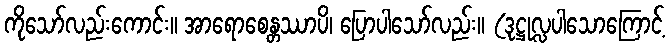
ကိုသော်လည်းကောင်း။ အာရောစေန္တဿာပိ၊ ပြောပါသော်လည်း။ (ဒုဋ္ဌုလ္လပါသောကြောင့်